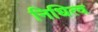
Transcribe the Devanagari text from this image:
निधित्व